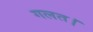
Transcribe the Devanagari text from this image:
गलत।